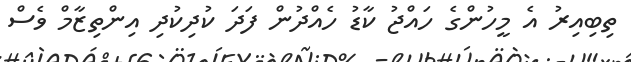
ތިބިއިރު އެ މީހުންގެ ހައްޖު ކާޑު ހެއްދުން ފަދަ ކުދިކުދި އިންތިޒާމް ވެސް